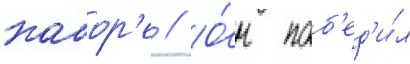
кабор'е // О́н поб'ед'и́л